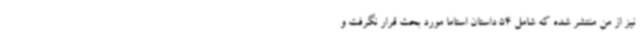
نیز از من منتشر شده که شامل 54 داستان استاما مورد بحث قرار نگرفت و